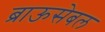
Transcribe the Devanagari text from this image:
ब्राऊसेबल